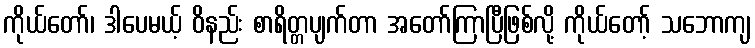
ကိုယ်တော်၊ ဒါပေမယ့် ဝိနည်း စာရိတ္တပျက်တာ အတော်ကြာပြီဖြစ်လို့ ကိုယ်တော့် သဘောကျ